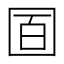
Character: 𡇚